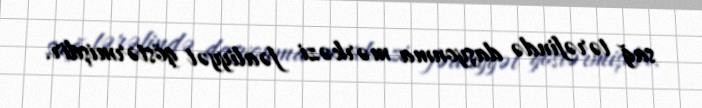
sağ tərəfində daşyonma mərkəzi fəaliyyət göstərmişdir.